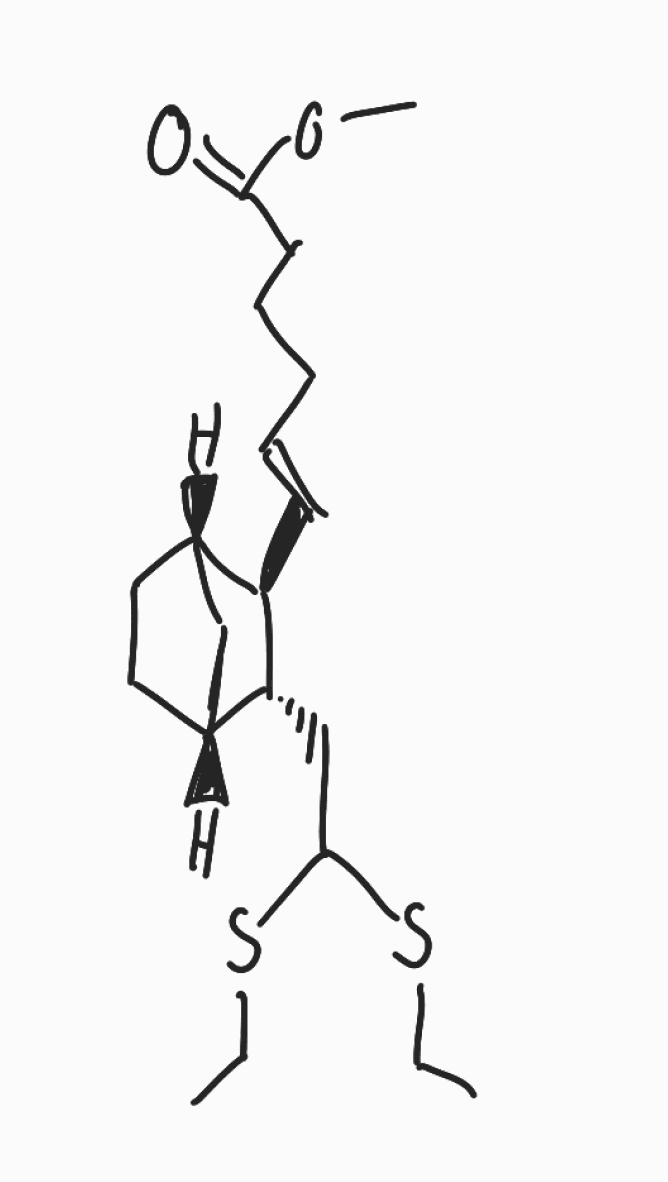
Simplified molecular-input line-entry system (SMILES) notation of the given molecule:
CCSC(C[C@@H]1[C@@H]2CC[C@@H](C2)[C@H]1/C=C/CCCC(=O)OC)SCC